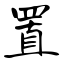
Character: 置